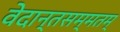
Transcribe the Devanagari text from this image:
वेदान्तसम्मतम्